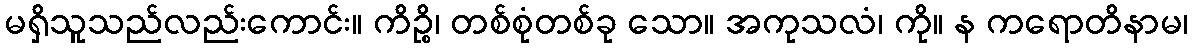
မရှိသူသည်လည်းကောင်း။ ကိဉ္စိ၊ တစ်စုံတစ်ခု သော။ အကုသလံ၊ ကို။ န ကရောတိနာမ၊